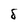
Character: 8